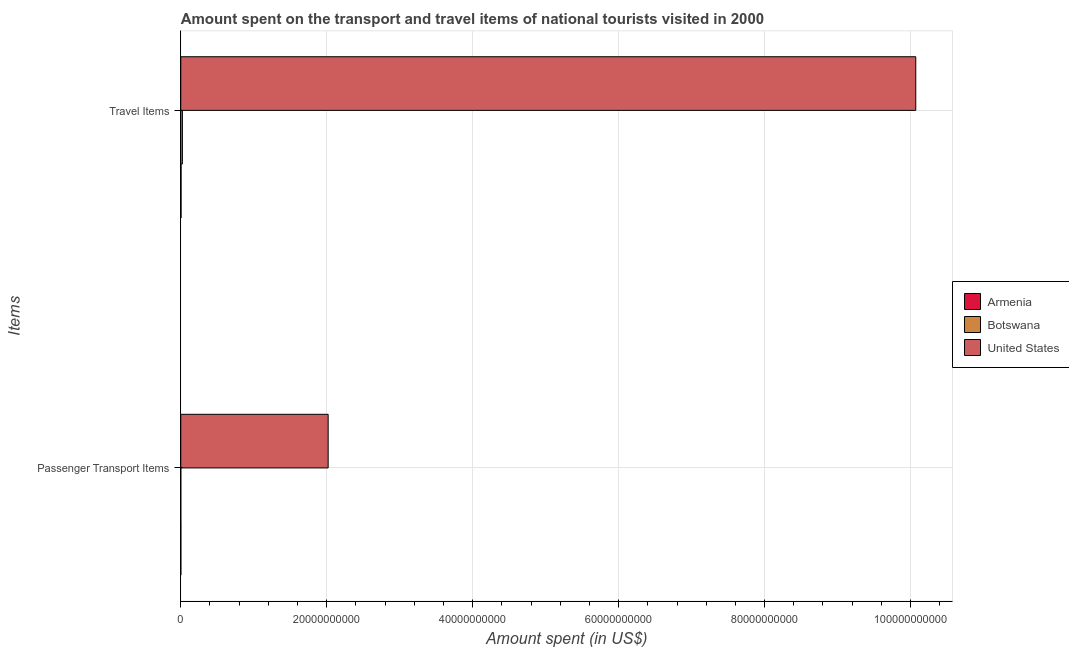
| Items | Armenia | Botswana | United States |
 | --- | --- | --- | --- |
 | Passenger Transport Items | 1.4e+07 | 5e+06 | 2.02e+10 |
 | Travel Items | 3.8e+07 | 2.22e+08 | 1.01e+11 |